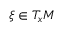
\xi \in T _ { x } M